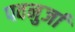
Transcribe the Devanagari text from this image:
पवनुर्जा